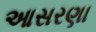
આસરણા